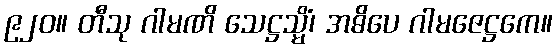
၉၂၀။ တီသု ဂါမဏိ သေဋ္ဌသ္မိံ၊ အဓိပေ ဂါမဇေဋ္ဌကေ။